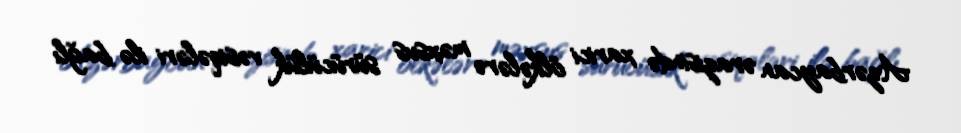
Azərbaycan ərazisində xarici ölkələrə məxsus sürücülük vəsiqələri ilə bağlı